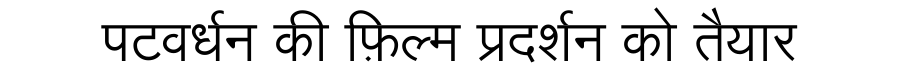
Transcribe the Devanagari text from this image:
पटवर्धन की फ़िल्म प्रदर्शन को तैयार